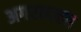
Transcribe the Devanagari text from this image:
अगरतल्ला